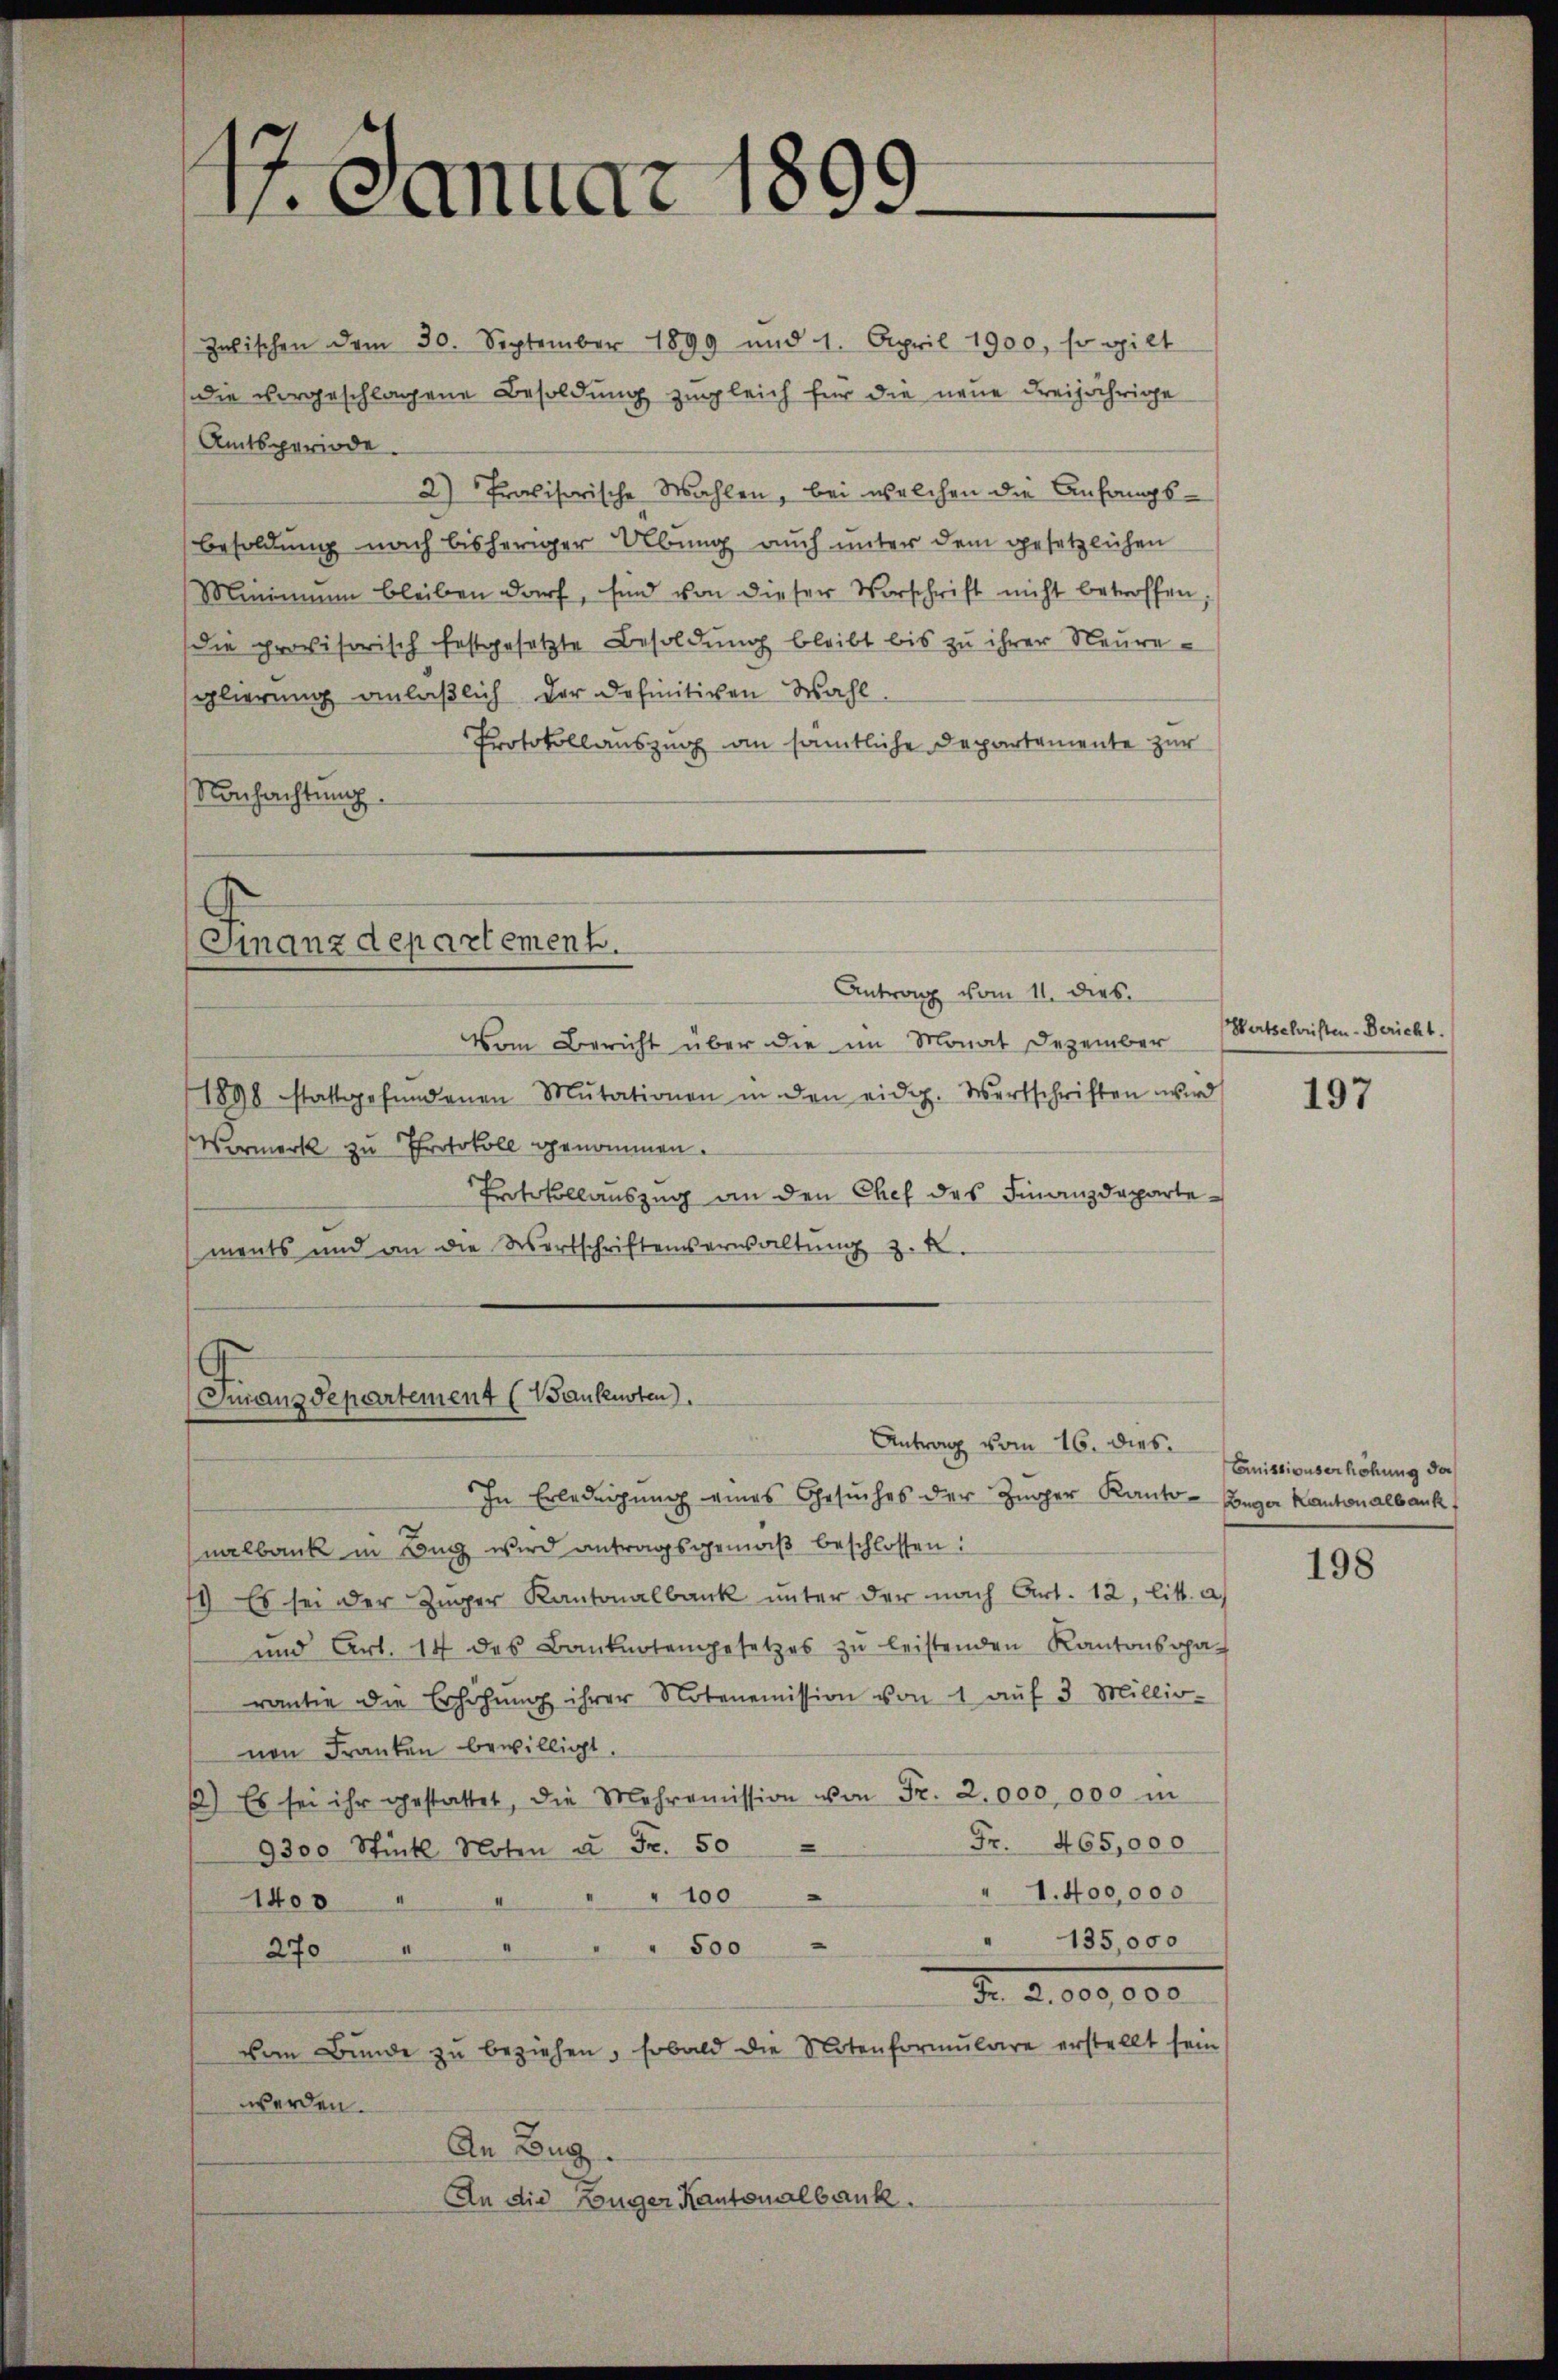
Zwischen dem 30. September 1899 und 1. April 1900, so gilt
die vorgeschlagene Besoldung zugleich für die neue dreijährige
Amtsperiode.
2) Praxisorische Wahlen, bei welchen die Anfangs¬
Besoldung nach bisheriger Übung auch unter dem gesetzlichen
Minimum bleiben darf, sind von dieser Vorschrift nicht betroffen,
(die provisorisch festgesetzte Besoldung bleibt bis zu ihrer Neureglierung anläßlich der definitiven Wahl
Protokollauszug an sämtliche Departemente zur
Nachachtung

1 Januar 1899

Finanzdepartement.
Antrag vom 11. dies

Furanzdepartement (Baukusten.

Vom Bericht über die im Monat Dezember
1898 stattgefundenen Mutationen in den eidg. Wertschriften wird
Vermerk zu Protokoll genommen.
Protokollauszug an den Chef des Finanzdepartements und an die Wortschriftenverwaltŭng z. B.

In Erledigung eines Gesuches der Züger Kanto-Enger Kantonalbank,
nalbank in Beg wird antragsgemäß beschlossen:
11) Es sei der Züger Kantonalbank unter der nach Art. 12, litt. a)
und Art. 14 des Banknotengesetzes zŭ leistenden Kantonsga-
rantie die Erhöhŭng ihrer Notenemission von 1 auf 3 Millio-
nen Franken bewilligt
1) Es sei ihr gestattet, die Mehroṁission von Fr. 2,000,000 in
Fr. 465,000
9300 Stück Noten u. Fr. 50
" 1.400,000
100
1400
" 135,000
" 500
270
d
vom Bunde zu beziehen, sobald die Notenformulare erstellt sein
werden.
An Burg.
An die Züger Kantonalbank.

Antrag vom 16. dies

(Wertschriften-Bericht.

197

Commissionserhöhung der

198